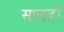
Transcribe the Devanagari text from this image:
सालही